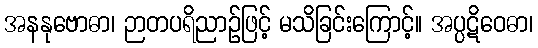
အနနုဗောဓာ၊ ဉာတပရိညာဉ်ဖြင့် မသိခြင်းကြောင့်။ အပ္ပဋိဝေဓာ၊